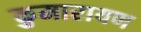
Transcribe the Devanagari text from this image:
कुमारायण